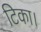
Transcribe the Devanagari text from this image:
टिका।